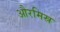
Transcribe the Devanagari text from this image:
औरमिस्र